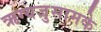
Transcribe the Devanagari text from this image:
ऋग्यजुसामके